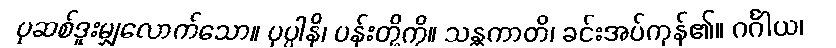
ပုဆစ်ဒူးမျှလောက်သော။ ပုပ္ပါနိ၊ ပန်းတို့ကို။ သန္တကာတိ၊ ခင်းအပ်ကုန်၏။ ဂင်္ဂါယ၊